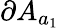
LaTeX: \partial A_{a_{1}}